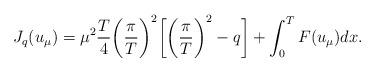
LaTeX: \begin{align*}J_q( u_{\mu})= \mu^2 \frac{T}{4} \biggl(\frac{\pi}{T}\biggr)^2 \biggl[\biggl(\frac{\pi}{T}\biggr)^2- q\biggr]+ \int_0^T F( u_{\mu}) dx.\end{align*}